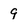
Character: 9